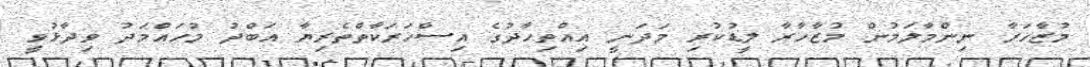
މުޒާހަރާ ނިންމާލަމުން މުޒާހާރާ ލީޑުކުރި މަދަނީ އިއްތިހާދުގެ އިސްހަރަކާތްތެރިޔާ އަބްދު މުހައްމަދު ވިދާޅުވީ